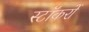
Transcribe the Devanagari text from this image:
स्टॉकरों